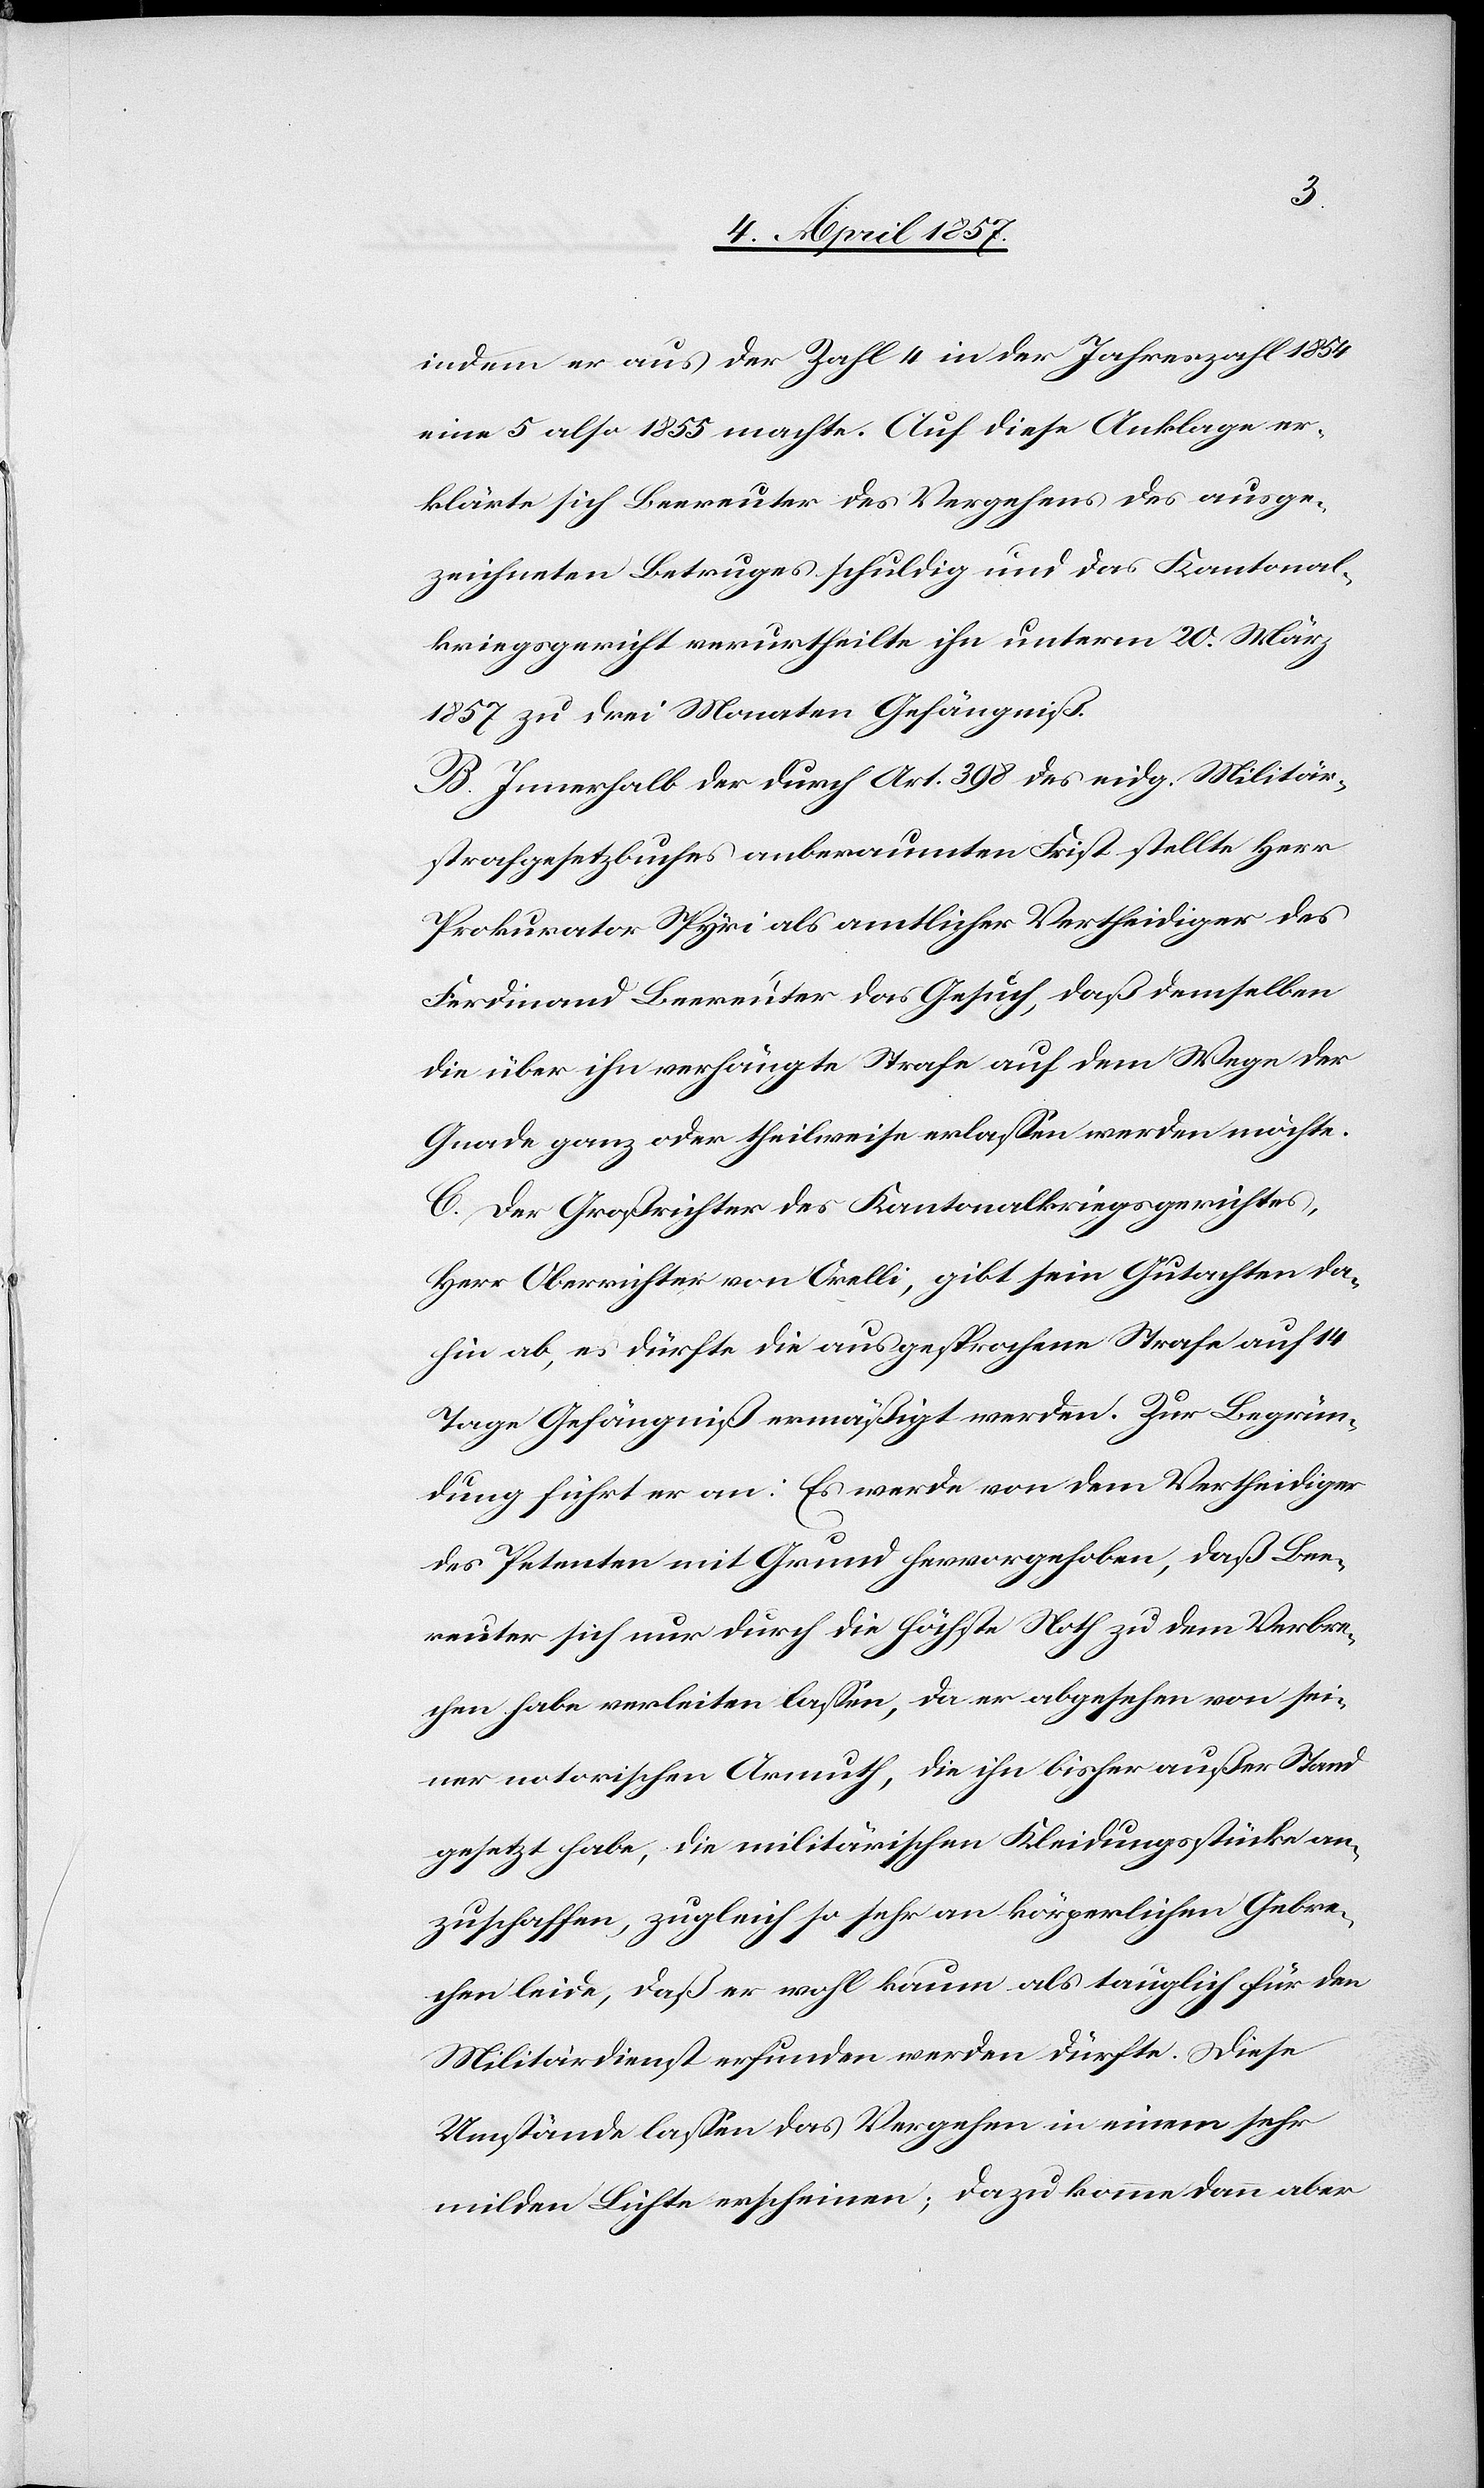
indem er aus der Zahl 4 in der Jahreszahl 1854
eine 5 also 1855 machte. Auf diese Anklage er¬
klärte sich Beereuter des Vergehens des ausge¬
zeichneten Betruges schuldig und das Kantonal¬
kriegsgericht verurtheilte ihn unterm 20. März
1857 zu drei Monaten Gefängniß.
B. Innerhalb der durch Art. 398 des eidg. Militär¬
strafgesetzbuches anberaumten Frist stellte Herr
Prokurator Spyri als amtlicher Vertheidiger des
Ferdinand Beereuter das Gesuch, daß demselben
die über ihn verhängte Strafe auf dem Wege der
Gnade ganz oder theilweise erlassen werden möchte.
C. Der Großrichter des Kantonalkriegsgerichtes,
Herr Oberrichter von Orelli, gibt sein Gutachten da¬
hin ab, es dürfte die ausgesprochene Strafe auf 14
Tage Gefängniß ermäßigt werden. Zur Begrün¬
dung führt er an: Es werde von dem Vertheidiger
des Petenten mit Grund hervorgehoben, daß Bee¬
reuter sich nur durch die höchste Noth zu dem Verbre¬
chen habe verleiten lassen, da er abgesehen von sei¬
ner notorischen Armuth, die ihn bisher außer Stand
gesetzt habe, die militärischen Kleidungsstücke an¬
zuschaffen, zugleich so sehr an körperlichen Gebre¬
chen leide, daß er wohl kaum als tauglich für den
Militärdienst erfunden werden dürfte. Diese
Umstände lassen das Vergehen in einem sehr
milden Lichte erscheinen; dazu komme dann aber